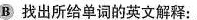
B 找出所给单词的英文解释: